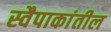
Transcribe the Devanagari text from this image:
स्वैपाकांतील